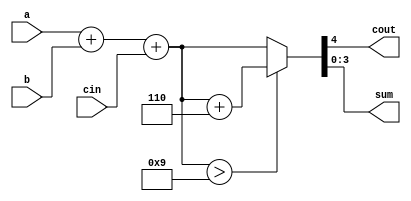
module bcdadd(input [3:0]a,input [3:0]b,input cin,output cout,output [3:0]sum);
reg [4:0]s;
assign sum = s[3:0];
assign cout=s[4];
always @(*) begin
s= a+b+cin;
if(s>9) begin
	s=s+6;
	end
end
endmodule